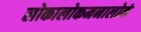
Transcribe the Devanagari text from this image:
लोकालोकमनालोकं